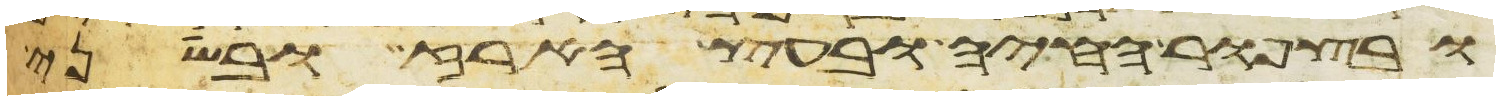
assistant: ובצפור החיה ובעץ הארז ובשני